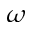
\omega